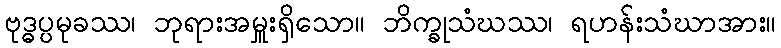
ဗုဒ္ဓပ္ပမုခဿ၊ ဘုရားအမှူးရှိသော။ ဘိက္ခုသံဃဿ၊ ရဟန်းသံဃာအား။